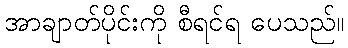
အာချာတ်ပိုင်းကို စီရင်ရ ပေသည်။